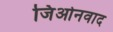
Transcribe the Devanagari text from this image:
जिओनवाद